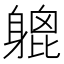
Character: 𨉮